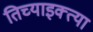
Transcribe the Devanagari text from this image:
तिच्याइक्त्या